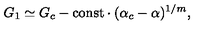
G _ { 1 } \simeq G _ { c } - \mathrm { c o n s t } \cdot ( \alpha _ { c } - \alpha ) ^ { 1 / m } ,